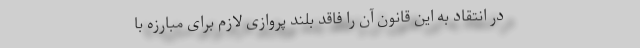
در انتقاد به این قانون آن را فاقد بلند پروازی لازم برای مبارزه با